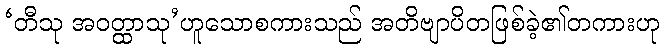
‘တီသု အဝတ္ထာသု’ဟူသောစကားသည် အတိဗျာပိတဖြစ်ခဲ့၏တကားဟု